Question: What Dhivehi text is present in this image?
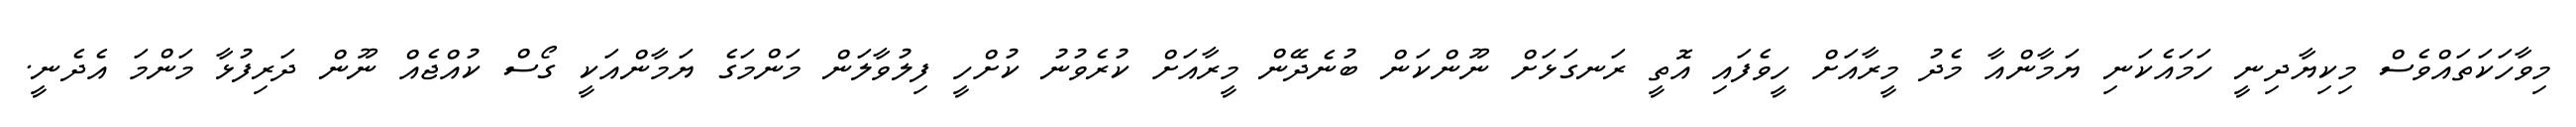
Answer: މިވާހަކަތައްވެސް މިކިޔާދިނީ ހަމައެކަނި ޔަމާންއާ މެދު މީރާއަށް ހީވެފައި އޮތީ ރަނގަޅަށް ނޫންކަން ބުނެދޭން މީރާއަށް ކުރެވުނު ކުށްހީ ފިލުވާލަން މަންމަގެ ޔަމާންއަކީ ގޯސް ކުއްޖެއް ނޫން ދަރިފުޅާ މަންމަ އެދެނީ.